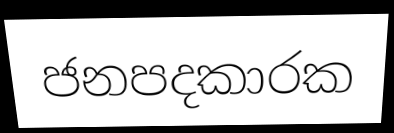
ජනපදකාරක